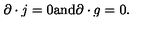
\partial \cdot j = 0 \mathrm { a n d } \partial \cdot g = 0 .